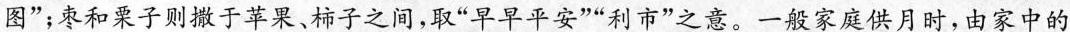
图”；枣和栗子则撒于苹果、柿子之间，取”早早平安””利市”之意。一般家庭供月时，由家中的